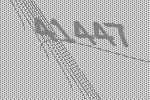
41447